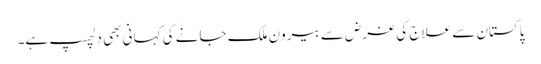
پاکستان سے علاج کی غرض سے بیرون ملک جانے کی کہانی بھی دلچسپ ہے۔